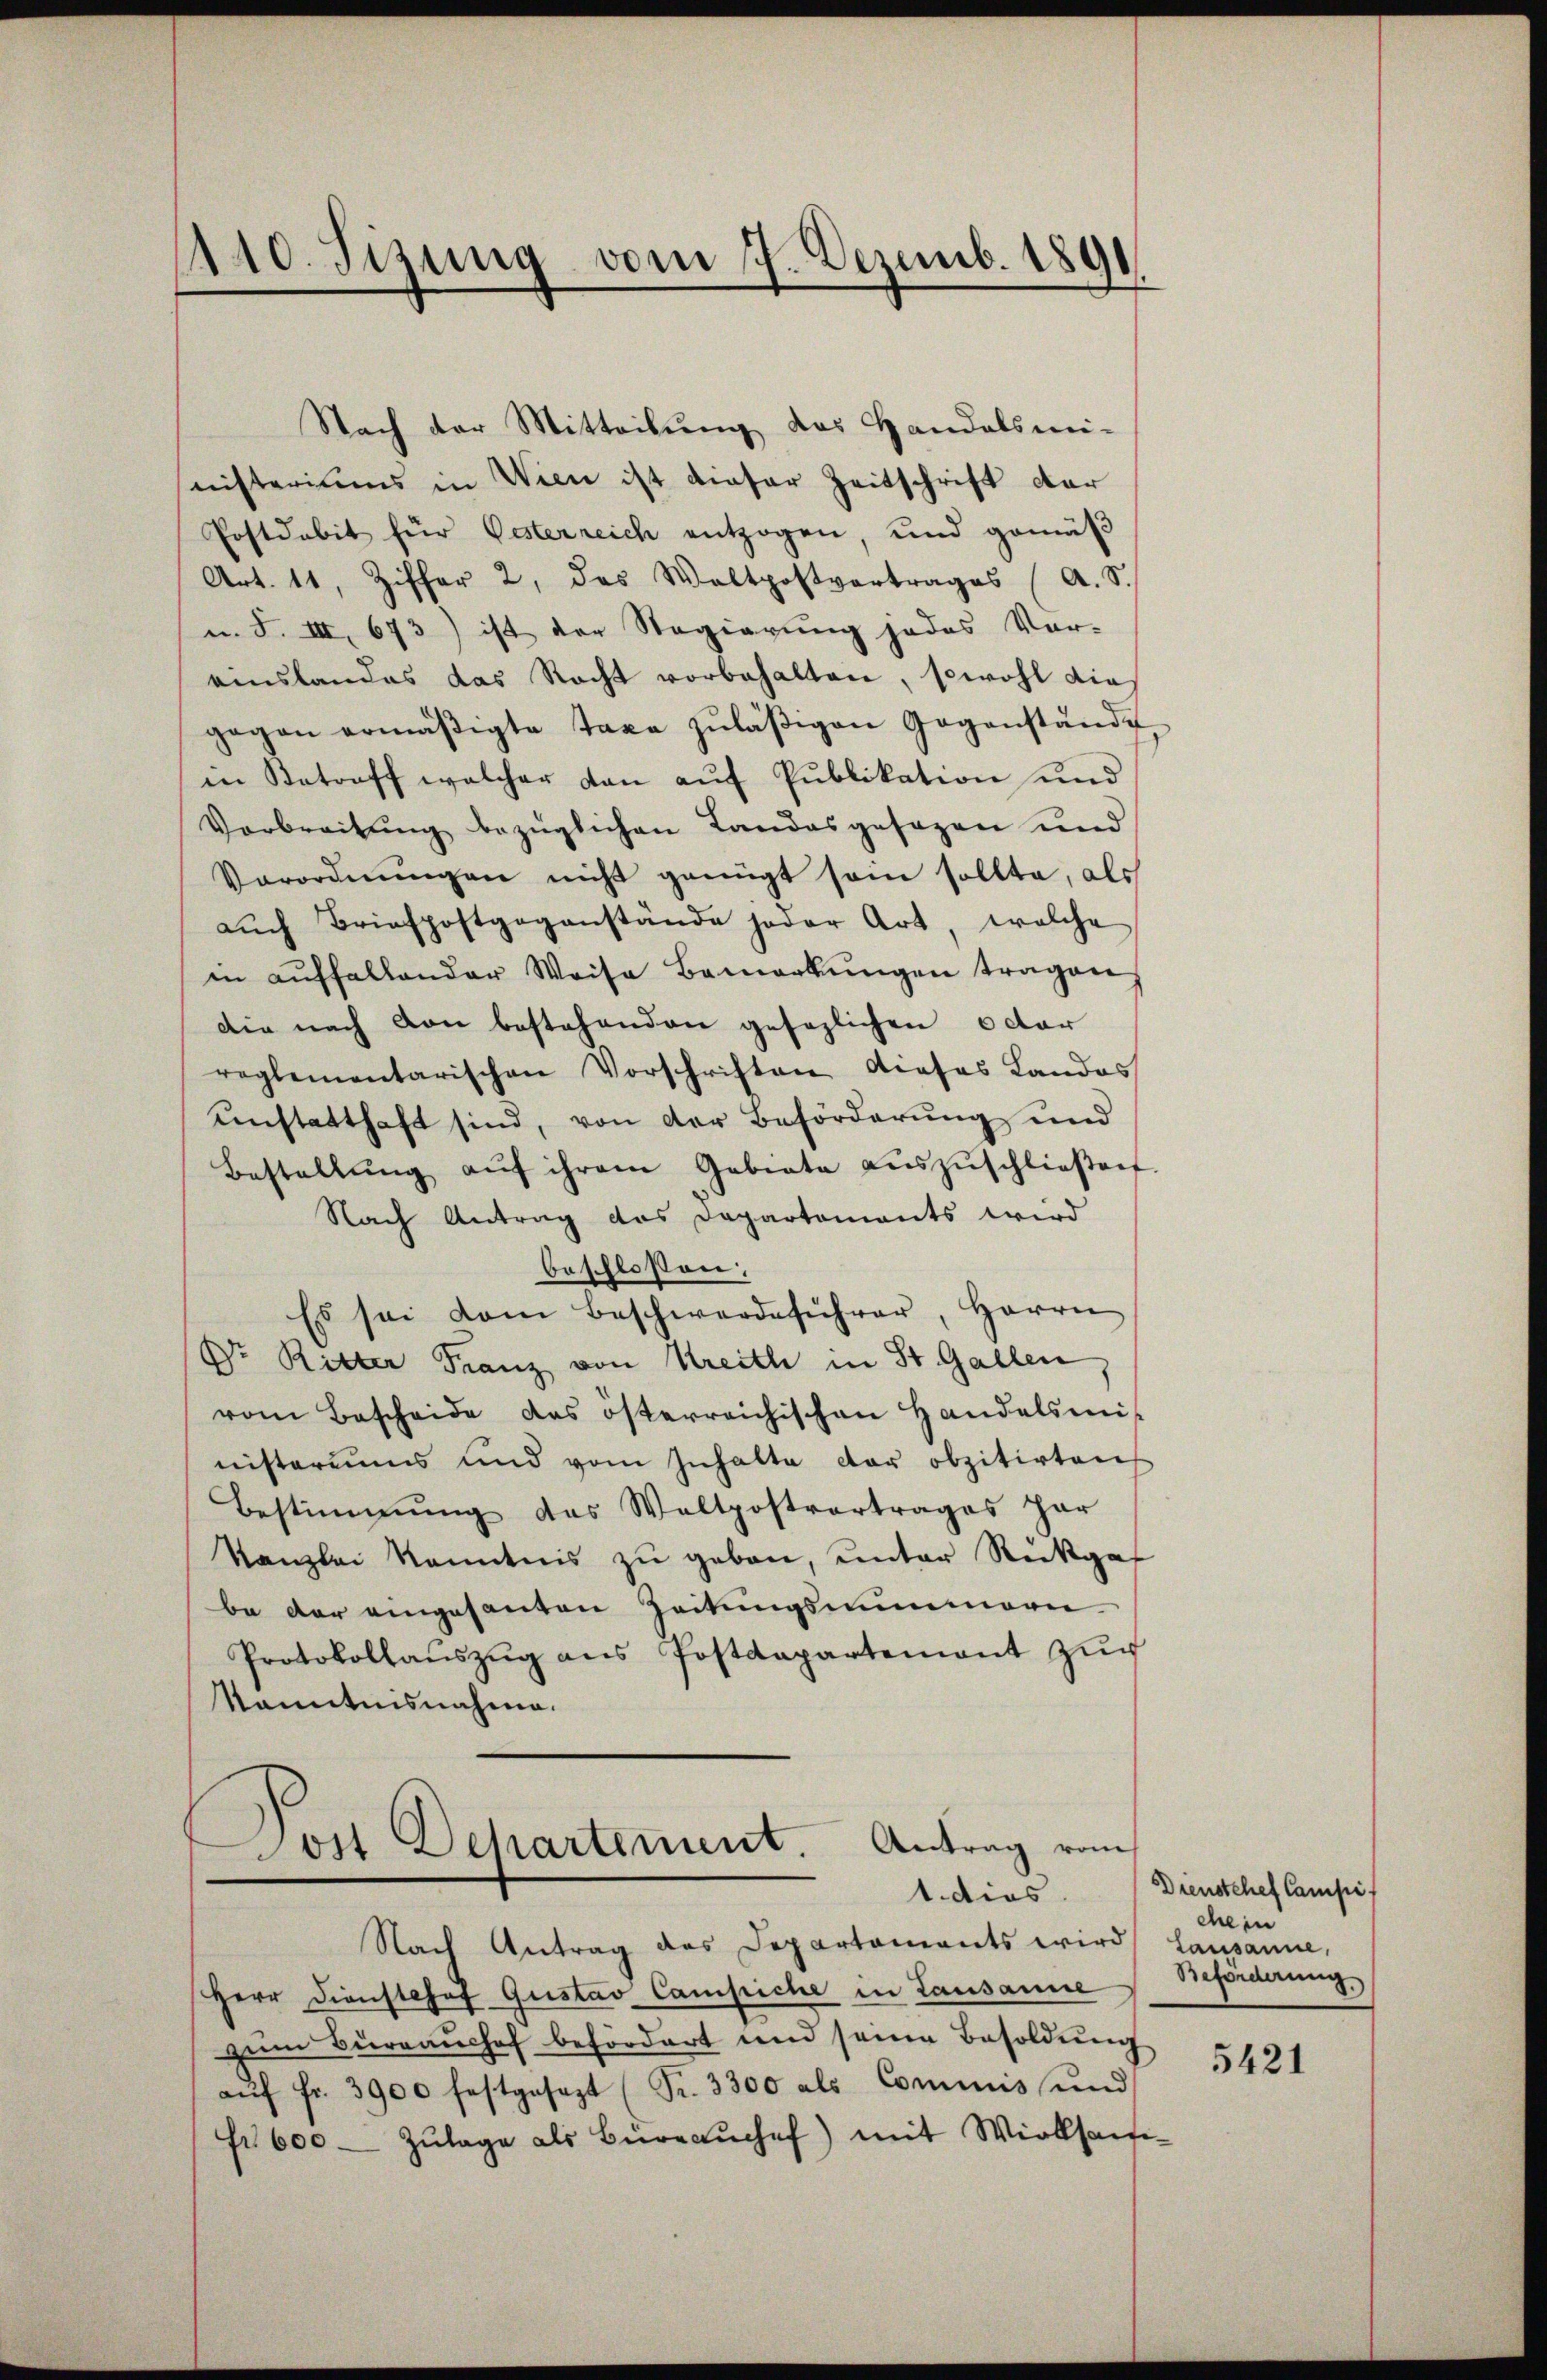
110. Sizung vom 7. Dezemb. 1891

Nach der Mitteilung das Handelsmi-
nisteriums in Wien ist dieser Zeitschrift der
Postdabit für Oesterreich entzogen, und gemäβ
Art. 11, Ziffer 2, das Waltpostvertrages (A. S.
u. F. III, 673) ist der Regierung jedes Vor-
amslandes das Recht vorbehalten, sowohl die
gegen ermäβigte Taxe zŭläβigen Gegenstande
in Retroff welcher dan aŭf Publikation und
Verbreitŭng bezüglichen Landesgesezen und
Verordnŭngen nicht genügt sein sollte, als
aŭch Briefpostgegenstände jeder Art, welche
in aŭffallender Weise Bemerkŭngen tragen
Die nach von bestehenden gesezlichen octor
reglementarischen Vorschriften dieses Landos
unstatthaft sind, von der Beförderung und
Bestellŭng aŭf ihrem Gebiete aŭszŭschlieβen
Nach Antrag das Departements wird
beschlossen;
Es sei dem Beschwerdeführer, Herrn
Dr. Ritter Franz von Kreith in St. Gallen
vom Bescheide das österreichischen Handelsmis
nisteriums und vom Inhalte der obzitirten
Bestimmung das Waltpostvertrages har
Kanzlei kanntnis zu geben, unter Rückgef
be der eingesanten Zeitungsmimmern
Protokollaŭszŭg ans Postdepartement zŭr
Kanntnisnahme.
.
Jost Dehartement. Antrag vom
1. dies
Nach Antrag des Departaments wird
Herr Dienstosef Gustav Campiche in Lausanne
zum Bureaushof befördert und seine Besoldŭng
aŭf fr. 3900 festgesezt (Pr. 3300 als Cominis und
fr 600 - Zŭlage als Büreaŭchef) mit Wirksam

Dienstchef Campif
chein
Lausanne,
Beforderung.

5421